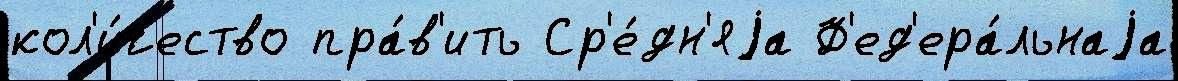
кол'и́чество пра́в'ить Ср'е́дн'яjа Ф'ед'ера́льнаjа